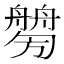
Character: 𦪤